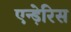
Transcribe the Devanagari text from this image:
एन्ड़ेरिस